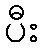
ပီး